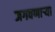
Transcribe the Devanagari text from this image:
जगवणार्‍या